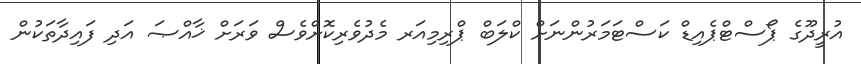
އުރީދޫގެ ޕޯސްޓްޕެއިޑް ކަސްޓަމަރުންނަށް ކްލަބް ޕްރިމިއަރ މެދުވެރިކޮށްވެސް ވަރަށް ޚާއްޞަ އަދި ފައިދާތަކުން